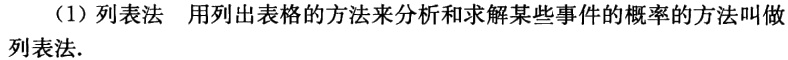
（1）列表法 用列出表格的方法来分析和求解某些事件的概率的方法叫做列表法.